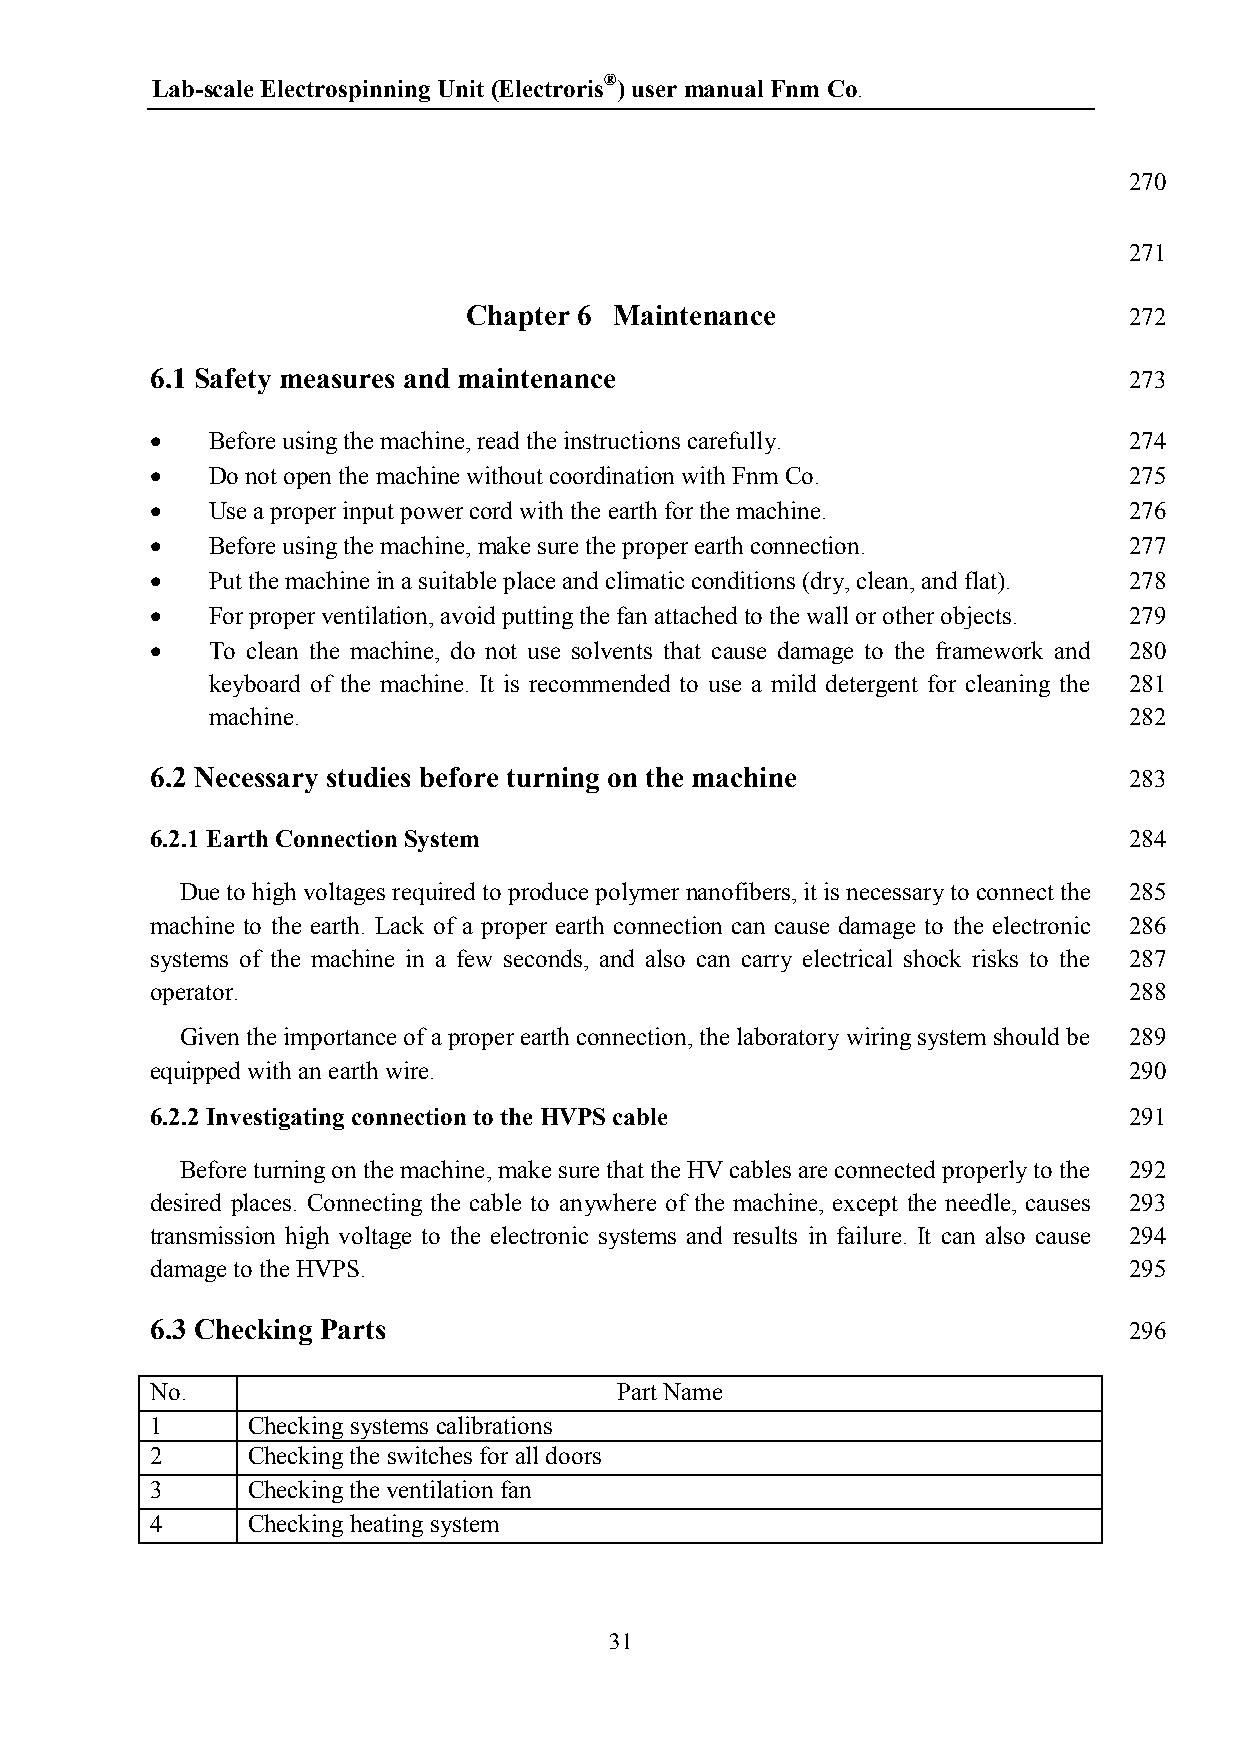
Lab-scale Electrospinning Unit (Electroris®) user manual Fnm Co.
 270
 271
 Chapter 6 Maintenance                       272
 6.1 Safety measures and maintenance                              273
    Before using the machine, read the instructions carefully.   274
    Do not open the machine without coordination with Fnm Co.    275
    Use a proper input power cord with the earth for the machine. 276
    Before using the machine, make sure the proper earth connection. 277
    Put the machine in a suitable place and climatic conditions (dry, clean, and flat). 278
    For proper ventilation, avoid putting the fan attached to the wall or other objects. 279
    To clean the machine, do not use solvents that cause damage to the framework and 280
 keyboard of the machine. It is recommended to use a mild detergent for cleaning the 281
 machine.                                                     282
 6.2 Necessary studies before turning on the machine              283
 6.2.1 Earth Connection System                                    284
 Due to high voltages required to produce polymer nanofibers, it is necessary to connect the 285
 machine to the earth. Lack of a proper earth connection can cause damage to the electronic 286
 systems of the machine in a few seconds, and also can carry electrical shock risks to the 287
 operator.                                                        288
 Given the importance of a proper earth connection, the laboratory wiring system should be 289
 equipped with an earth wire.                                     290
 6.2.2 Investigating connection to the HVPS cable                 291
 Before turning on the machine, make sure that the HV cables are connected properly to the 292
 desired places. Connecting the cable to anywhere of the machine, except the needle, causes 293
 transmission high voltage to the electronic systems and results in failure. It can also cause 294
 damage to the HVPS.                                              295
 6.3 Checking Parts                                               296
 No.                            Part Name
 1     Checking systems calibrations
 2     Checking the switches for all doors
 3     Checking the ventilation fan
 4     Checking heating system
 31